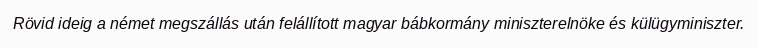
Rövid ideig a német megszállás után felállított magyar bábkormány miniszterelnöke és külügyminiszter.